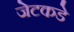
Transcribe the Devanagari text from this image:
जेटकडे